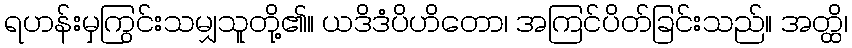
ရဟန်းမှကြွင်းသမျှသူတို့၏။ ယဒိဒံပိဟိတော၊ အကြင်ပိတ်ခြင်းသည်။ အတ္ထိ၊